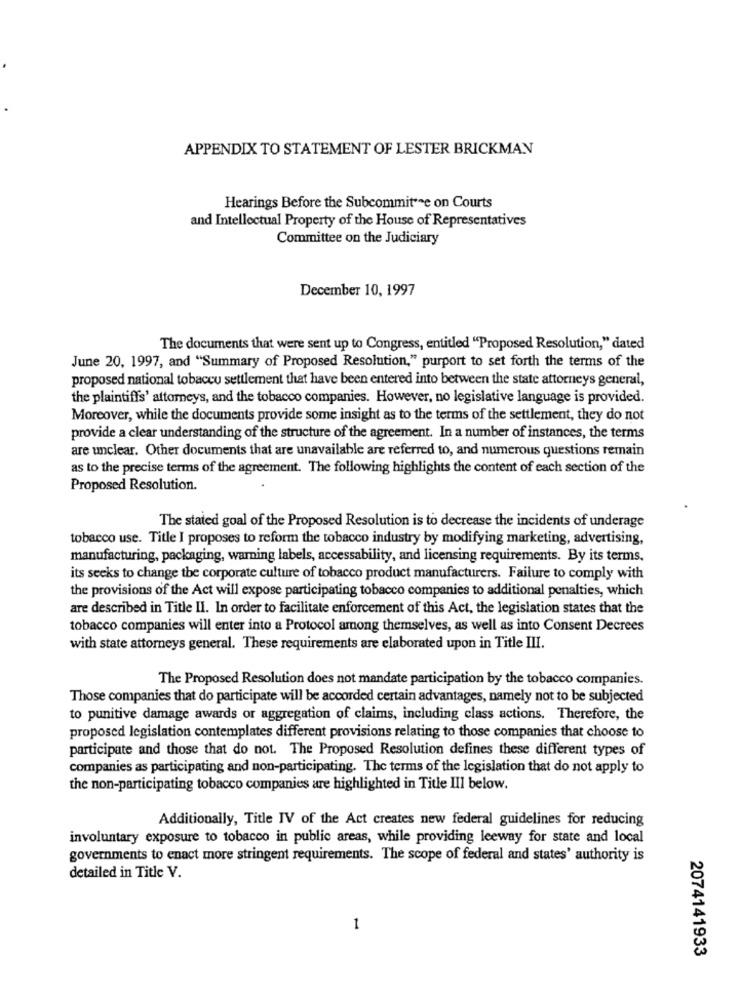
APPENDIX TO STATEMENT OF LESTER BRICKMAN
Hearings Before the Subcommittee on Courts
and Intellectual Property of the House of Representatives
Committee on the Judiciary
December 10, 1997
The documents that were sent up to Congress, entitled "Proposed Resolution," dated
June 20, 1997, and "Summary of Proposed Resolution," purport to set forth the terms of the
proposed national tobaceu settlement that have been entered into between the state attorneys general,
the plaintiffs' attorneys, and the tobacco companies. However, no legislative language is provided.
Moreover, while the documents provide some insight as to the terms of the settlement, they do not
provide a clear understanding of the structure of the agreement. In a number of instances, the terms
are unclear. Other documents that are unavailable are referred to, and numerous questions remain
as to the precise terms of the agreement. The following highlights the content of each section of the
Proposed Resolution.
The stated goal of the Proposed Resolution is to decrease the incidents of underage
tobacco use. Title I proposes to reform the tobacco industry by modifying marketing, advertising,
manufacturing, packaging, warning labels, accessability, and licensing requirements. By its terms.
its seeks to change the corporate culture of tobacco product manufacturers. Failure to comply with
the provisions of the Act will expose participating tobacco companies to additional penalties, which
are described in Title II. In order to facilitate enforcement of this Act, the legislation states that the
tobacco companies will enter into a Protocol among themselves, as well as into Consent Decrees
with state attorneys general. These requirements are elaborated upon in Title III.
The Proposed Resolution does not mandate participation by the tobacco companies.
Those companies that do participate will be accorded certain advantages, namely not to be subjected
to punitive damage awards or aggregation of claims, including class actions. Therefore, the
proposed legislation contemplates different provisions relating to those companies that choose to
participate and those that do not. The Proposed Resolution defines these different types of
companies as participating and non-participating. The terms of the legislation that do not apply to
the non-participating tobacco companies are highlighted in Title III below.
Additionally, Title IV of the Act creates new federal guidelines for reducing
involuntary exposure to tobacco in public areas, while providing leeway for state and local
governments to enact more stringent requirements. The scope of federal and states' authority is
detailed in Title V.
1
2074141933